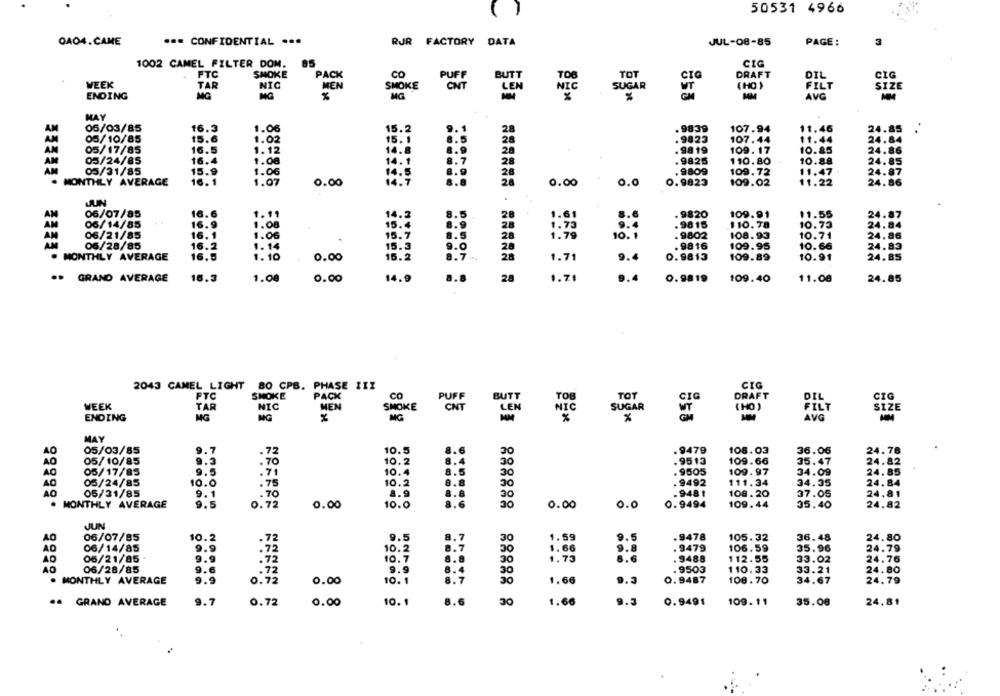
( )
50531 4966
OA04.CAME
... CONFIDENTIAL ...
RJR FACTORY
DATA
JUL-08-85
PAGE:
3
85
CIG
1002 CAMEL FILTER DOM.
FTC
SMOKE
PACK
CO
PUFF
BUTT
TOT
CIG
DRAFT
DIL
CIG
WEEK
NIC
MEN
SMOKE
CNT
SIZE
TAR
LEN
NIC
SUGAR
VT
(HO )
FILT
ENDING
MG
MG
AVG
MAY
05/03/85
16.5
1.06
15.2
.9839
107.94
11.46
24.85
15.6
1.02
15. 1
3.5
28
. 9823
107.44
11.44
24.84
05/10/85
AN
05/17/85
16.5
1.12
14.8
28
. 98 19
109. 17
10.85
24.86
AM
05/24/85
16.4
14. 1
8.
7
28
. 9825
110.80
10.88
24.85
1.08
AM
05/31/85
15.9
1.06
14.5
28
9809
109.72
11.47
24.87
14.7
. MONTHLY AVERAGE
16.1
1.07
0.00
28
0.00
0.0
0.9823
109.02
11.22
24.86
JUN
AM
06/07/85
16.6
1.11
14.2
28
8.6
. 9820
109.91
11.55
24.87
16.9
8.9
06/14/85
1.08
15.4
28
1. 79
.9815
$10.78
10.73
24.84
AM
06/21/85
16.1
1.06
15. 7
28
10. 1
. 9802
108.93
10.71
24.86
AM
06/28/85
16.2
1.14
15.3
1.0
28
. 9816
109.95
10.66
24.83
. MONTHLY AVERAGE
16.5
1.10
0.00
15.2
.7 -*
1.71
9.4
0.9813
109.89
10.91
24.85
·· GRAND AVERAGE
16.3
1.08
0.00
14.9
28
1.71
9.4
0.9819
109.40
11.00
24.85
2043 CAMEL LIGHT 80 CPB. PHASE III
CIG
FTC
SMOKE
PACK
CO
PUFF
BUTT
TOT
DRAFT
DIL
CIG
WEEK
TAR
NIC
MEN
SMOKE
CNT
LEN
NIC
SUGAR
( HO )
FILT
SIZE
ENDING
MG
MG
AVG
MAY
40
05/03/85
9.7
.72
10.5
30
.9479
106.03
36.06
24.78
30
109.66
35.47
24.82
AO
05/10/85
.70
10.2
.9513
05/17/85
.71
10.4
. 9505
109.97
34.09
24.85
8.8
05/24/85
10.0
.75
10.2
.9492
111.34
34.35
24.84
05/31/85
9.1
.70
8.9
30
. 948 1
108.20
37.05
24.81
. MONTHLY AVERAGE
9.5
0.72
0.00
10.0
8.6
30
0.00
O.C
0.9494
109.44
35.40
24.82
JUN
06/07/85
10.2
.72
8.7
9.5
.9478
105.32
36.48
AO
9.5
30
1.59
24.80
AD
06/14/85
9.9
.72
8.7
1.66
9.8
. 9479
106.59
35.96
24.79
06/21/85 .
9.9
30
.72
10.7
1.75
6.6
. 9488
112.55
33.02
24.76
AO
06/28/85
9.6
.72
9.9
9503
110.33
33.21
24.80
. MONTHLY AVERAGE
9.9
0.72
0.00
10.1
1.7
1.66
9.3
0.9487
108.70
34.67
24.79
OC
.. GRAND AVERAGE
9.7
0.72
0.00
10. 1
8.6
1.66
9.5
0.9491
109. 11
35.08
24.81